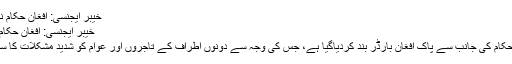
خیبر ایجنسی: افغان حکام نے بارڈر بند کردیا -
خیبر ایجنسی: افغان حکام نے بارڈر بند کردیا
خیبر ایجنسی: افغان حکام کی جانب سے پاک افغان بارڈر بند کردیاگیا ہے، جس کی وجہ سے دونوں اطراف کے تاجروں اور عوام کو شدید مشکلات کا سامنا کرنا پڑ رہا ہے۔